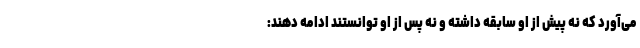
می‌آورد که نه پیش از او سابقه داشته و نه پس از او توانستند ادامه دهند: